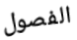
الفصول